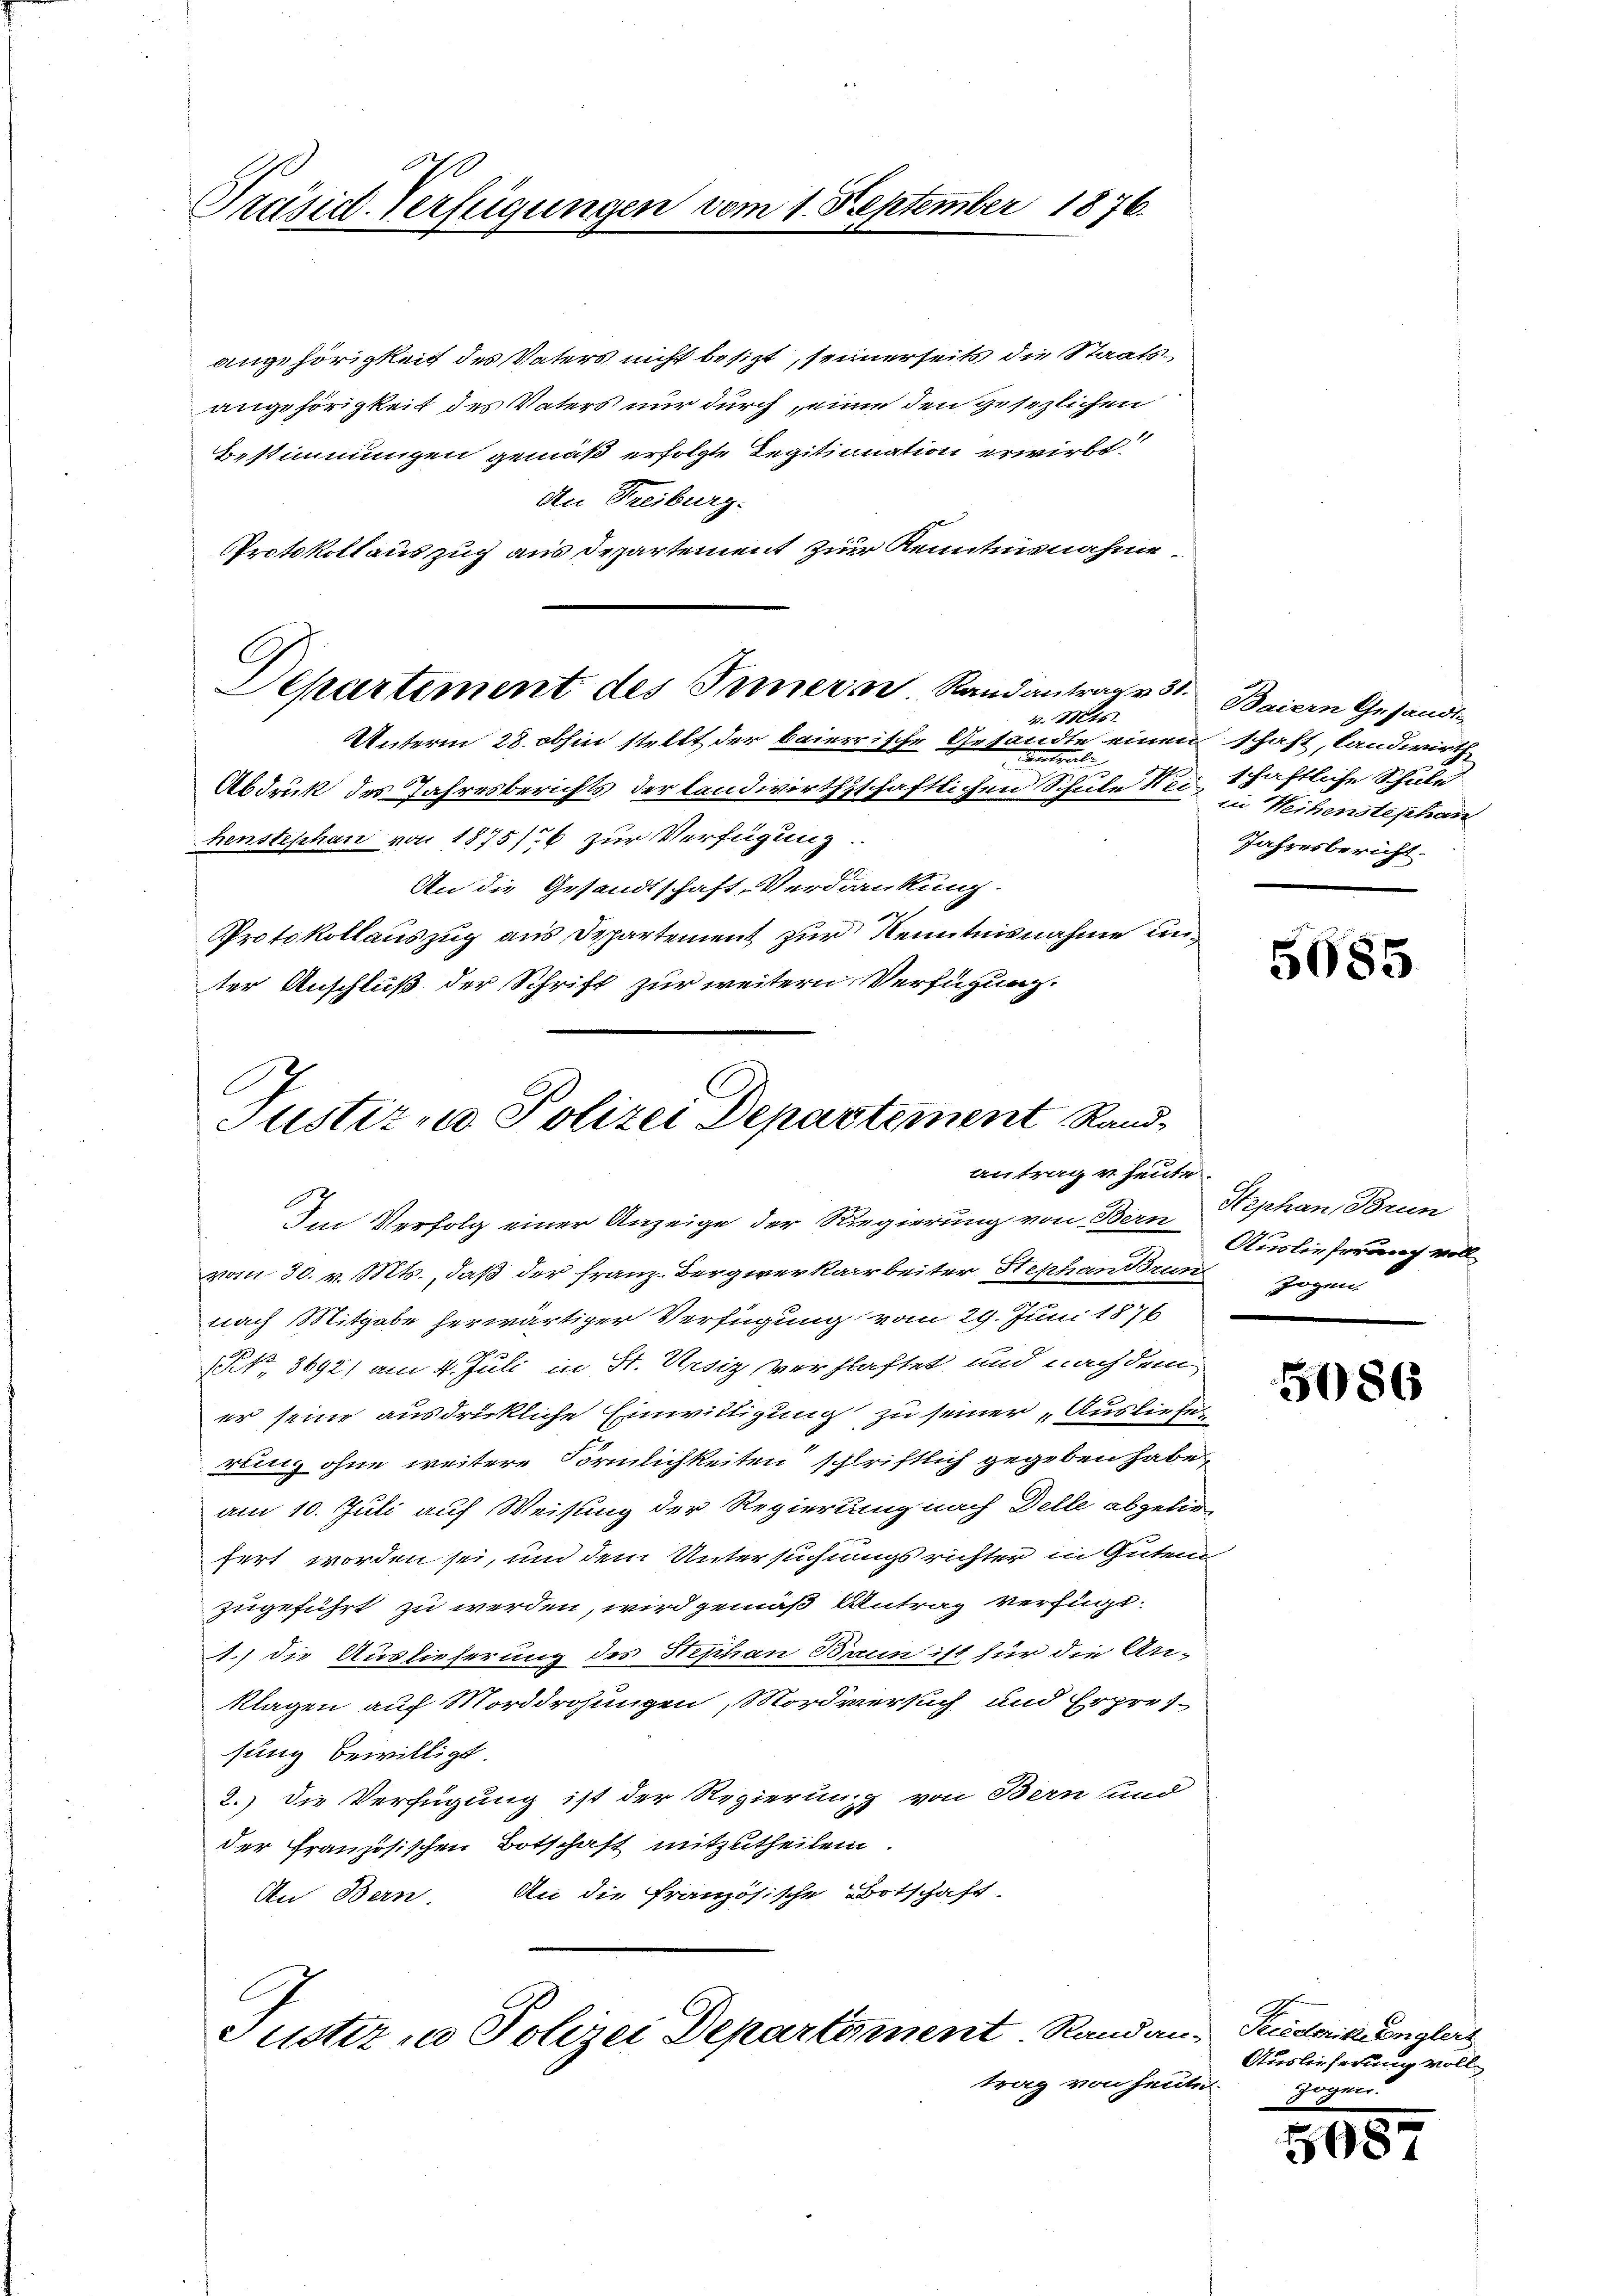
Präisch-Verfügungen vom 1. September 1876.

angehörigkeit des Vaters nicht besizt, seinerseits die Staatsangehörigkeit des Vaters nur durch einen den gesezlichen
Bestimmungen gemäß erfolgte Legitionation erwirbt
An Treiburg:
Protokollauszug aus Departement zur Kenntnisnahme
v. Mts.
Unterm 28. abhin stellt der baierrische Gesandte einen schaft, landwirth
e
Abdruk des Jahresberichts der landwirthschaftlichen Schule M. in Weihenstephan
henstephan von 1875/6 zur Verfügung.
An die Gesandtschaft-Verdankung.
Protokollauszug aus Departement zur Kenntnisnahme unter Anschluß der Schrift zur weitern Verfügung.

Departement des Innern Randantrage 31. Baiern Gesandt-

Justiz - Polizei Departement Rand
antrage heute.

Im Verfolg einer Anzeige der Regierung von Bern Stephan, Brun
vom 30. v. Mts., daß der franz. Bergiverkarbeiter Stephan Brun
nach Mitgabe herwärtiger Verfügung vom 29. Juni 1876
1 No 3692) am 4. Juli in St. Ursiz, verhaftet und nachdem
er seine ausdrückliche Einwilligung zu seiner „Ausliefes
rung ohne weitere Förmlichkeiten schriftlich gegeben habe,
am 10. Juli auf Weisung der Regierung nach Delle abgelie-
fert worden sei, und dem Untersuchtungsrichter in Guten
zugeführt zu werden, wird gemäß Antrag verfügt:
1.) die Auslieferung des Stephan Bann ist für die An-
klagen auf Morddrohungen, Mordversuch und Erpres-
sung bewilligt.
2.) Die Verfügung ist der Regierung von Bern und
der Französischen Botschaft mitzutheilen.
An Bern. An die französische Botschaft
Justiz in Polizei Departement. Rand an- Puderikangleit
trag von heute.

schaftliche Schule
Jahresbericht.

5685

Auslieferung voll
zogen.

5086

Auslieferung voll¬
Zogner.

598